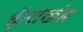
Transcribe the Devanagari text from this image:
हीराखंड